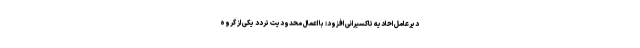
دیرعامل احادیه تاکسیرانی افزود: با اعمال محدودیت تردد یکی از گروه